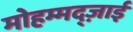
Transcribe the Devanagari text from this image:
मोहम्मद्ज़ाई